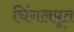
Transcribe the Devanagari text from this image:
चिंगलपूत